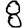
Digit: 8